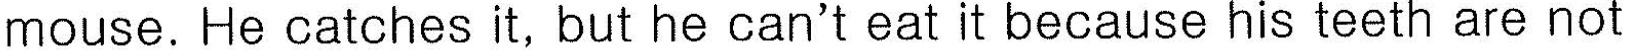
mouse. He catches it, but he can't eat it because his teeth are not